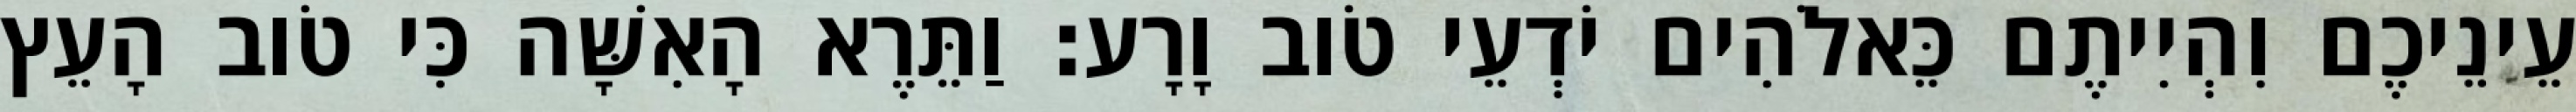
עֵינֵיכֶם וִהְיִיתֶם כֵּאלֹהִים יֹדְעֵי טֹוב וָרָע׃ וַתֵּרֶא הָאִשָּׁה כִּי טֹוב הָעֵץ